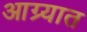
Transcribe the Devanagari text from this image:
आग्र्यात